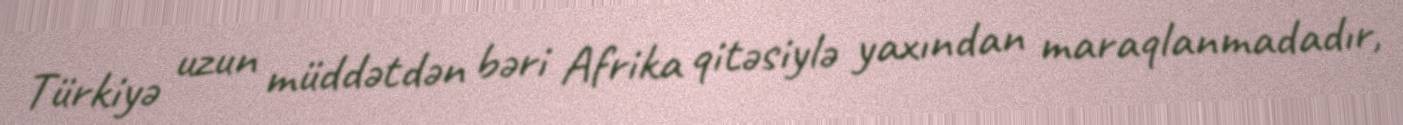
Türkiyə uzun müddətdən bəri Afrika qitəsiylə yaxından maraqlanmadadır,